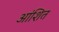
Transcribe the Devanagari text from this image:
आंशित